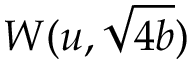
W ( u , \sqrt { 4 b } )